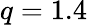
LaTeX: q=1.4